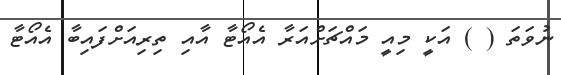
ނުވަތަ ( ) އަކީ މިއީ މައްޗަށްއަރާ އެއޯޓާ އާއި ތިރިއަށްފައިބާ އެއޯޓާ